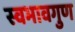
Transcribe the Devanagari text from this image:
स्वभावगुण